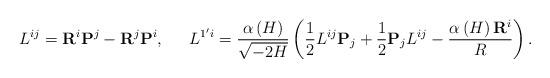
LaTeX: \begin{align*}L^{ij}={\bf R}^i{\bf P}^j-{\bf R}^j{\bf P}^i,\,\,\,\quad L^{1^{\prime }i}= \frac{\alpha \left( H\right) }{\sqrt{-2H}}\left( \frac 12L^{ij}{\bf P}_j+\frac 12{\bf P}_jL^{ij}-\frac{\alpha \left( H\right) {\bf R}^i}R\right) .\end{align*}